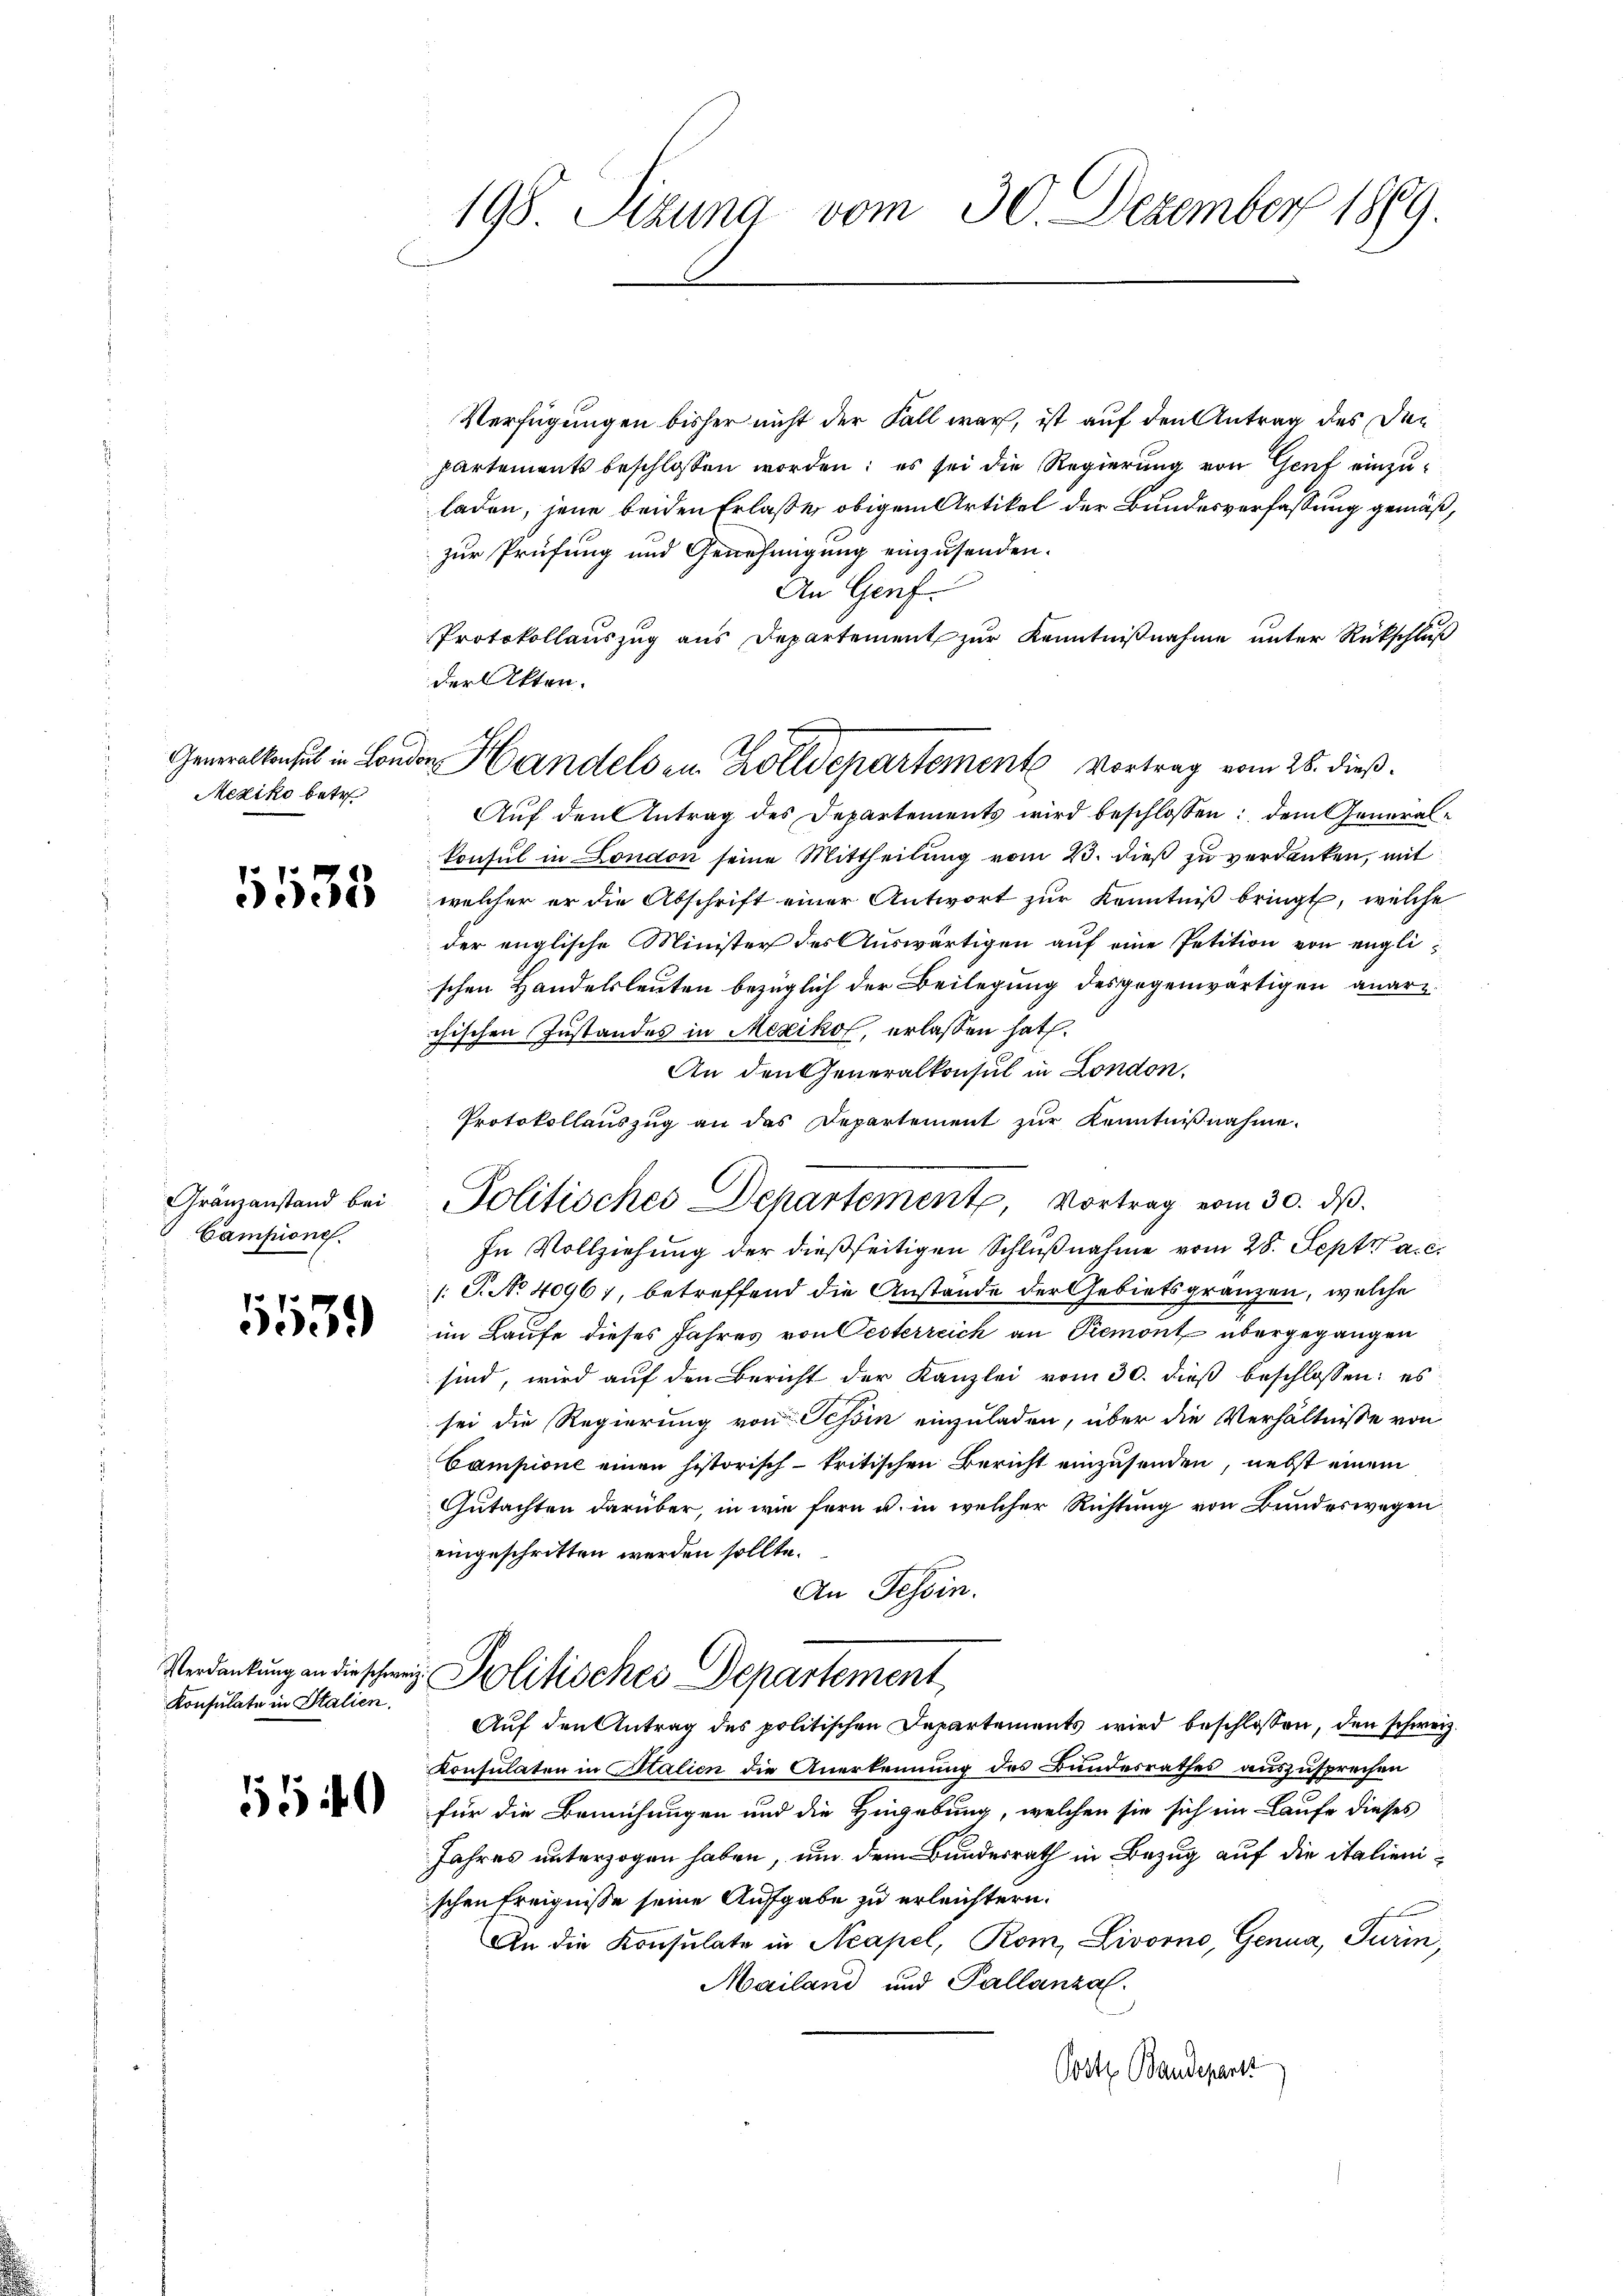
Mexiko betr.

1535

Gränzanstand bei
Campione

11139)

Konsulate in Stalien.

550

198. Sizung vom 30. Dezember 1869.

Verfügungen bisher nicht der Fall war, ist auf den Antrag des Den
partements beschlossen worden; es sei die Regierung von Genf einzuladen, jene beiden Erlaße obigem Artikel der Bundesverfassung gemäß,
zur Prüfung und Genehmigung einzusenden.
An Genf.
Protokollauszug aus Departement zur Kenntnißnahme unter Rückschluß
der Akten.
Aŭf den Antrag des Departements wird beschlossen: dem General-
konsul in London seine Mittheilung vom 23. dieß zu verdanken, mit
welcher er die Abschrift einer Antwort zur Kenntniß bringt, welche
der englische Minister des Auswärtigen auf eine Petition von englischen Handelsleuten bezüglich der Beilegung des gegenwärtigen anarzchischen Zustandes in Mexikof, erlassen hat.
An den Generalkonsul in London.
Protokollauszug an das Departement zur Kenntnißnahme.
In Vollziehung der dießseitigen Schlußnahme vom 28. Sept a. c.
[ P. No 40967, betreffend die Anstände der Gebietsgränzen, welche
im Laufe dieses Jahres von Oesterreich an Piemont übergegangen
sind, wird auf den Bericht der Kanzlei vom 30. dieß beschlossen: es
sei die Regierung von Tessin einzuladen, über die Verhältnisse von
Campione einen historisch-kritischen Bericht einzusenden, nebst einem
Gutachten darüber, in wie fern u. in welcher Richtung von Bundeswegen
eingeschritten werden sollte.
An Tessin.
Verdankung an die schen Politisches Departement
Auf den Antrag des politischen Departements wird beschlossen, den schweiz.
Konsulaten in Stalien die Anerkennung des Bundesrathes auszusprechen
für die Bemühungen und die Hingebung, welchen sie sich im Laufe dieses
Jahres unterzogen haben, um dem Bundesrath in Bezug auf die italienischen Ereignisse seine Aufgabe zu erleichtern.
f
An die Konsulate in Neapel, Rom, Livorno, Genua, Turin,
Mailand und Pallanzal.
Postz Baudepart

Generalkonsul in London Handels im Zolldepartemente Vortrag vom 26. dieß.

Politisches Departement, Vortrag vom 30. ds.